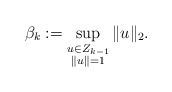
\begin{align*}\beta_{k} := \sup_{\substack{u\in Z_{k-1}\\ \|u\|=1}}\|u\|_2.\end{align*}